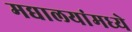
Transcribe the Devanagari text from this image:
मद्यालयांमध्ये